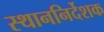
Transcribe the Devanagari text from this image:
स्थाननिर्देशक